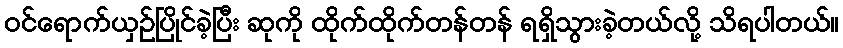
ဝင်ရောက်ယှဉ်ပြိုင်ခဲ့ပြီး ဆုကို ထိုက်ထိုက်တန်တန် ရရှိသွားခဲ့တယ်လို့ သိရပါတယ်။